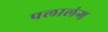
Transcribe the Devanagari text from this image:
पलालंग